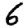
Digit: 6